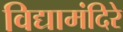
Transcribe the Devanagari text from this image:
विद्यामंदिरे